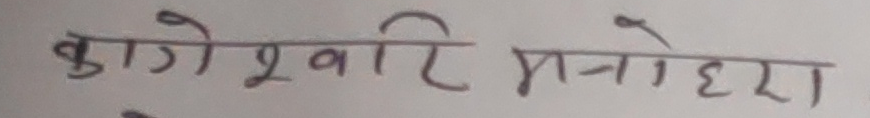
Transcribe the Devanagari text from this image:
वागेश्वरी मनोहरा